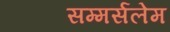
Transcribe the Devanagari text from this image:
सम्मर्सलेम